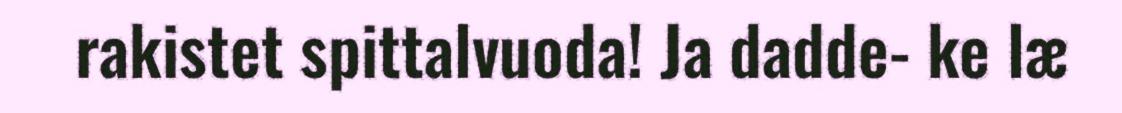
rakistet spittalvuoda! Ja dadde- ke læ